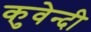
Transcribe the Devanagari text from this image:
कुवेन्दी